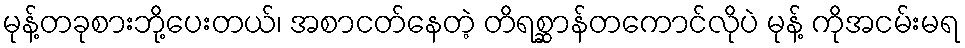
မုန့်တခုစားဘို့ပေးတယ်၊ အစာငတ်နေတဲ့ တိရစ္ဆာန်တကောင်လိုပဲ မုန့် ကိုအငမ်းမရ